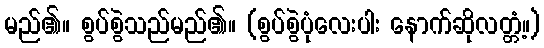
မည်၏။ စွပ်စွဲသည်မည်၏။ (စွပ်စွဲပုံလေးပါး နောက်ဆိုလတ္တံ့။)